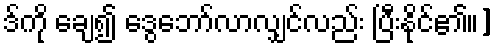
ဒ်ကို ချေ၍ ဒွေဘော်လာလျှင်လည်း ပြီးနိုင်၏။]